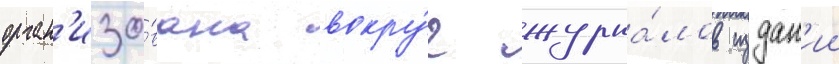
орган'изо́вана вокру́г журна́лов издан'ии